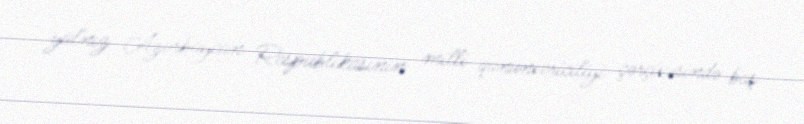
yalnız Azərbaycan Respublikasının milli qanunvericiliyi çərçivəsində baş